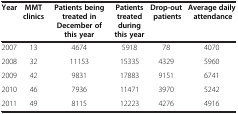
| Year | MMT clinics | Patients being treated in December of this year | Patients treated during this year | Drop-out patients | Average daily attendance |
 | --- | --- | --- | --- | --- | --- |
 | 2007 | 13 | 4674 | 5918 | 78 | 4070 |
 | 2008 | 32 | 11153 | 15335 | 4329 | 5960 |
 | 2009 | 42 | 9831 | 17883 | 9151 | 6741 |
 | 2010 | 46 | 7936 | 11471 | 3970 | 5242 |
 | 2011 | 49 | 8115 | 12223 | 4276 | 4916 |